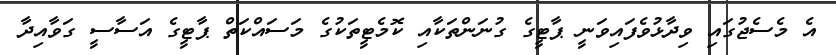
އެ މެސެޖުގައި ވިދާޅުވެފައިވަނީ ޕާޓީގެ ގުނަންތަކާއި ކޮމެޓީތަކުގެ މަސައްކަތް ޕާޓީގެ އަސާސީ ގަވާއިދާ